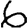
Digit: 6